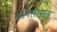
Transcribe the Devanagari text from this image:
कपिलानन